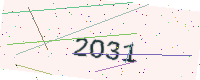
Text: 2O31